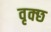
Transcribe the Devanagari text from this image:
वृक्छ